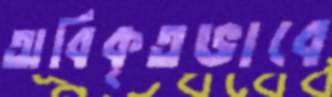
অবিকৃতভাবে